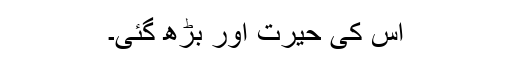
اس کی حیرت اور بڑھ گئی۔